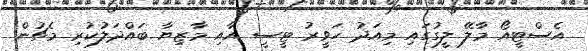
އެސްޓީއޯ މާލޭ ލީގުގައި މިއަދު ހަވީރު ޓީސީ އާއި މާޒިޔާ ބައްދަލުކުރި މެޗުން